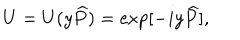
LaTeX: U = U ( y { \widehat { P } } ) = \exp [ - i y { \widehat { P } } ] ,